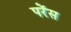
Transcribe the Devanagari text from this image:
परेंस